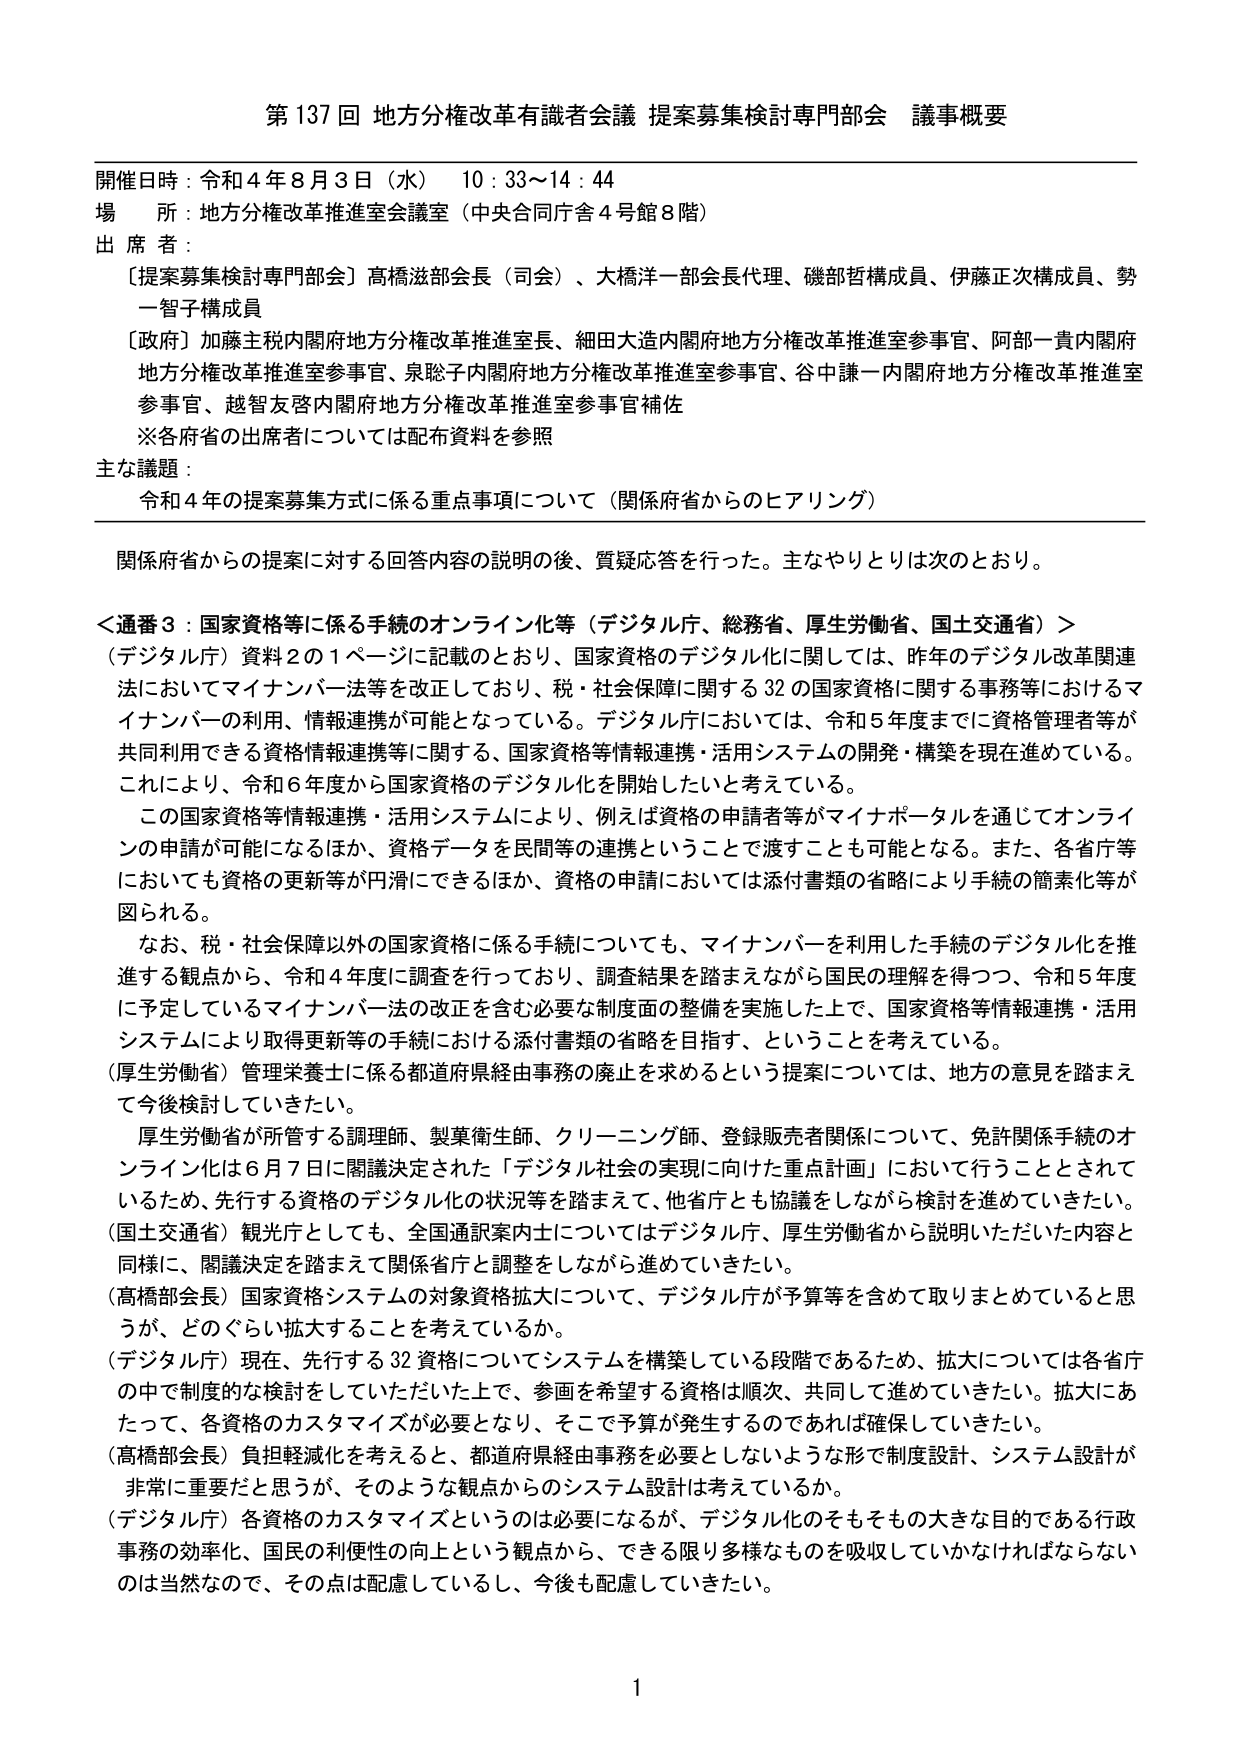
第137回 地方分権改革有識者会議 提案募集検討専門部会 議事概要

開催日時：令和4年8月3日（水） 10:33～14:44
場 所：地方分権改革推進室会議室（中央合同庁舎4号館8階）
出 席 者：
〔提案募集検討専門部会〕高橋滋部会長（司会）、大橋洋一部会長代理、磯部哲構成員、伊藤正次構成員、勢一智子構成員
〔政府〕加藤主税内閣府地方分権改革推進室長、細田大造内閣府地方分権改革推進室参事官、阿部一貴内閣府地方分権改革推進室参事官、泉聡子内閣府地方分権改革推進室参事官、谷中謙一内閣府地方分権改革推進室参事官、越智友啓内閣府地方分権改革推進室参事官補佐
※各府省の出席者については配布資料を参照

主な議題：
令和4年の提案募集方式に係る重点事項について（関係府省からのヒアリング）

関係府省からの提案に対する回答内容の説明の後、質疑応答を行った。主なやりとりは次のとおり。

＜通番3：国家資格等に係る手続のオンライン化等（デジタル庁、総務省、厚生労働省、国土交通省）＞
（デジタル庁）資料2の1ページに記載のとおり、国家資格のデジタル化に関しては、昨年のデジタル改革関連法においてマイナンバー法等を改正しており、税・社会保障に関する32の国家資格に関する事務等におけるマイナンバーの利用、情報連携が可能となっている。デジタル庁においては、令和5年度までに資格管理者等が共同利用できる資格情報連携等に関する、国家資格等情報連携・活用システムの開発・構築を現在進めている。これにより、令和6年度から国家資格のデジタル化を開始したいと考えている。
この国家資格等情報連携・活用システムにより、例えば資格の申請者等がマイナポータルを通じてオンラインの申請が可能になるほか、資格データを民間等の連携ということで渡すことも可能となる。また、各省庁等においても資格の更新等が円滑にできるほか、資格の申請においては添付書類の省略により手続の簡素化等が図られる。
なお、税・社会保障以外の国家資格に係る手続についても、マイナンバーを利用した手続のデジタル化を推進する観点から、令和4年度に調査を行っており、調査結果を踏まえながら国民の理解を得つつ、令和5年度に予定しているマイナンバー法の改正を含む必要な制度面の整備を実施した上で、国家資格等情報連携・活用システムにより取得更新等の手続における添付書類の省略を目指す、ということを考えている。
（厚生労働省）管理栄養士に係る都道府県経由事務の廃止を求めるという提案については、地方の意見を踏まえて今後検討していきたい。
厚生労働省が所管する調理師、製菓衛生師、クリーニング師、登録販売者関係について、免許関係手続のオンライン化は6月7日に閣議決定された「デジタル社会の実現に向けた重点計画」において行うこととされているため、先行する資格のデジタル化の状況等を踏まえて、他省庁とも協議をしながら検討を進めていきたい。
（国土交通省）観光庁としても、全国通訳案内士についてはデジタル庁、厚生労働省から説明いただいた内容と同様に、閣議決定を踏まえて関係省庁と調整をしながら進めていきたい。
（高橋部会長）国家資格システムの対象資格拡大について、デジタル庁が予算等を含めて取りまとめていると思うが、どのぐらい拡大することを考えているか。
（デジタル庁）現在、先行する32資格についてシステムを構築している段階であるため、拡大については各省庁の中で制度的な検討をしていただいた上で、参画を希望する資格は順次、共同して進めていきたい。拡大にあたって、各資格のカスタマイズが必要となり、そこで予算が発生するのであれば確保していきたい。
（高橋部会長）負担軽減化を考えると、都道府県経由事務を必要としないような形で制度設計、システム設計が非常に重要だと思うが、そのような観点からのシステム設計は考えているか。
（デジタル庁）各資格のカスタマイズというのは必要になるが、デジタル化のそもそもの大きな目的である行政事務の効率化、国民の利便性の向上という観点から、できる限り多様なものを吸収していかなければならないのは当然なので、その点は配慮しているし、今後も配慮していきたい。

1